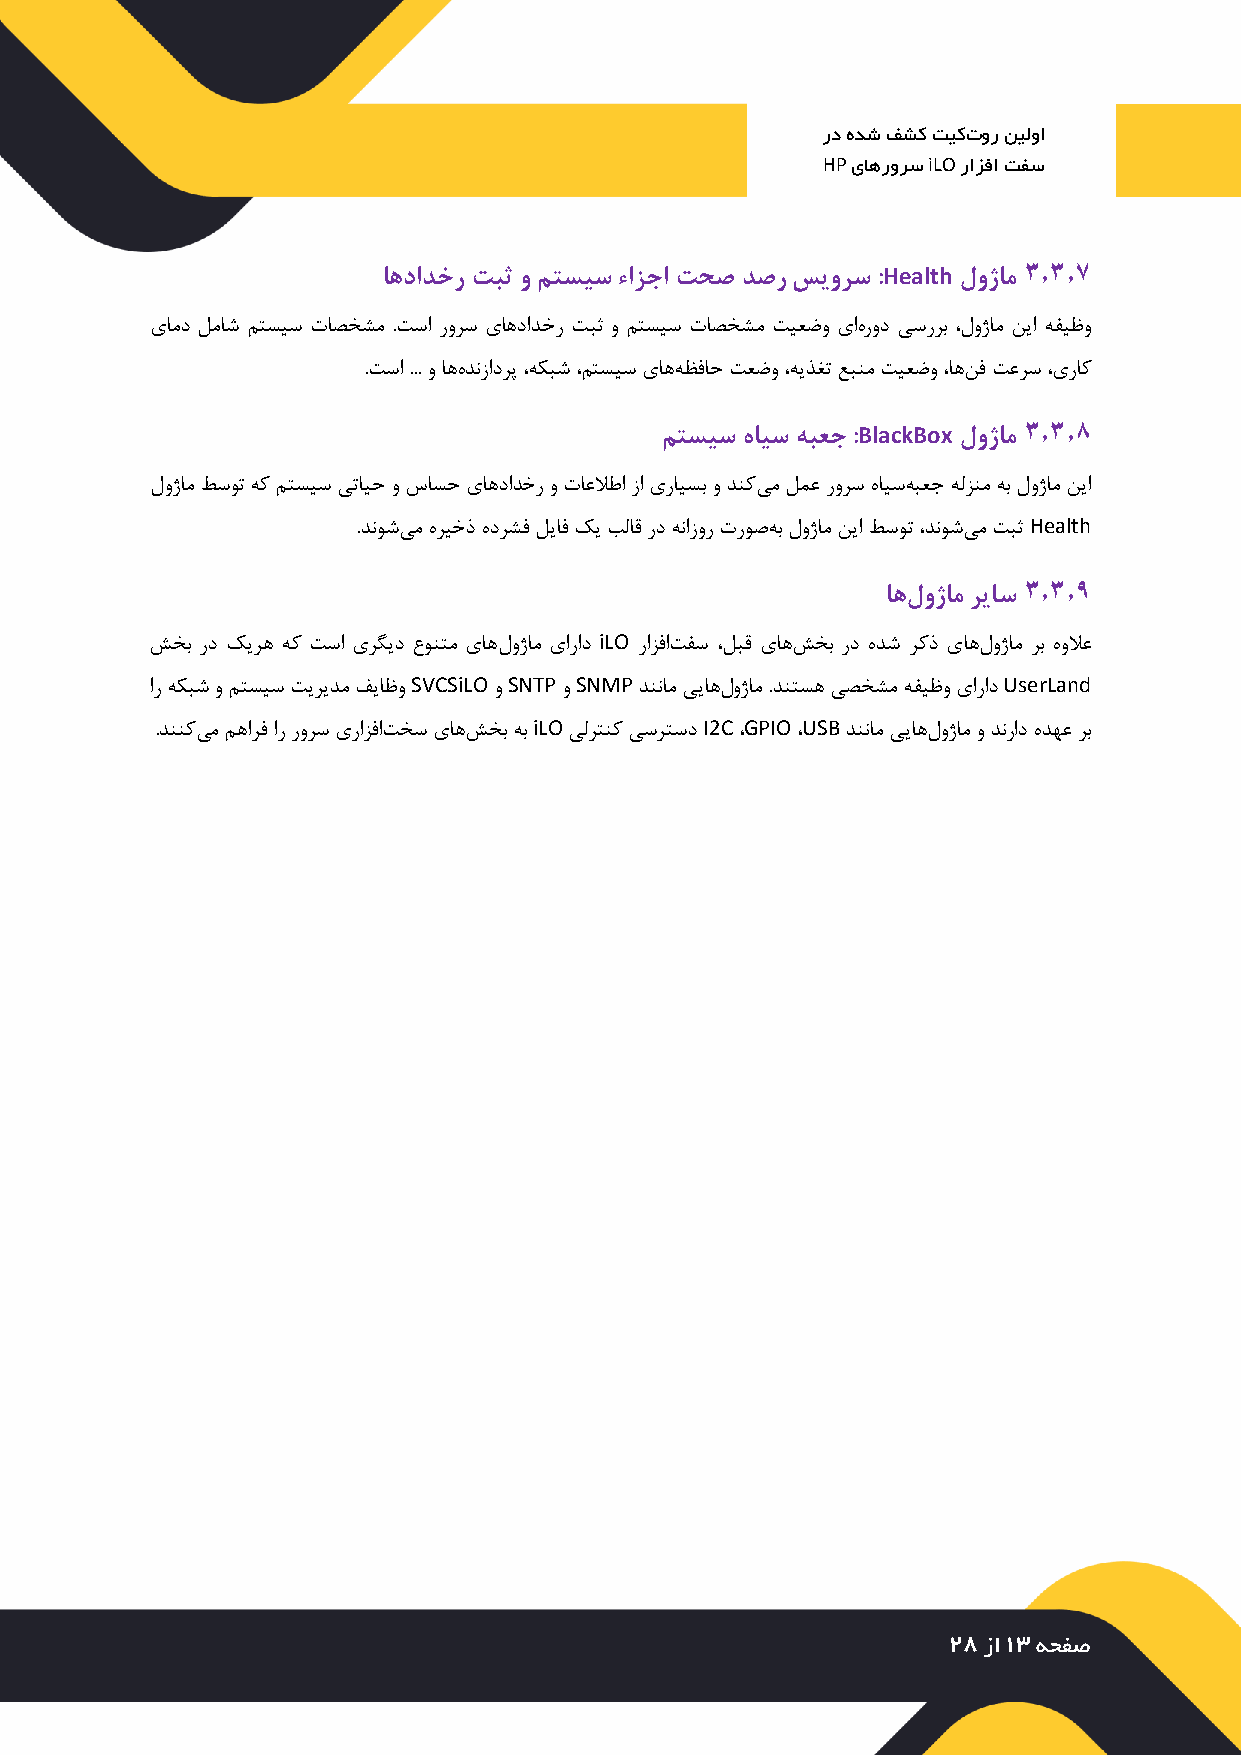
رد هدش فشک تیکتور نیلوا
 HP یاهرورس iLO رازفا تفس
 اهدادخر تبث و متسیس ءازجا تحص دصر سیورس :Health لوژام 3.3.7
 یامد لماش متسیس تاصخشم .تسا رورس یاهدادخر تبث و متسیس تاصخشم تیعضو یاهرود یسررب ،لوژام نیا هفیظو
 .تسا ... و اههدنزادرپ ،هکبش ،متسیس یاههظفاح تعضو ،هیذغت عبنم تیعضو ،اهنف تعرس ،یراک
 متسیس هایس هبعج :BlackBox لوژام 3.3.8
 لوژام طسوت هک متسیس یتایح و ساسح یاهدادخر و تاعلاطا زا یرایسب و دنکیم لمع رورس هایسهبعج هلزنم هب لوژام نیا
 .دنوشیم هریخذ هدرشف لیاف کی بلاق رد هنازور تروصهب لوژام نیا طسوت ،دنوشیم تبث Health
 3.3.9
 اهلوژام ریاس
 شخب رد کیره هک تسا یرگید عونتم یاهلوژام یاراد iLO رازفاتفس ،لبق یاهشخب رد هدش رکذ یاهلوژام رب هولاع
 ار هکبش و متسیس تیریدم فیاظو SVCSiLO و SNTP و SNMP دننام ییاهلوژام .دنتسه یصخشم هفیظو یاراد UserLand
 .دننکیم مهارف ار رورس یرازفاتخس یاهشخب هب iLO یلرتنک یسرتسد I2C ،GPIO ،USB دننام ییاهلوژام و دنراد هدهع رب
 28 زا 13 هحفص